NAE_ERA_R-2324_Eesti_Vabariigi_Pohiseaduslik_Assamblee, lk 74
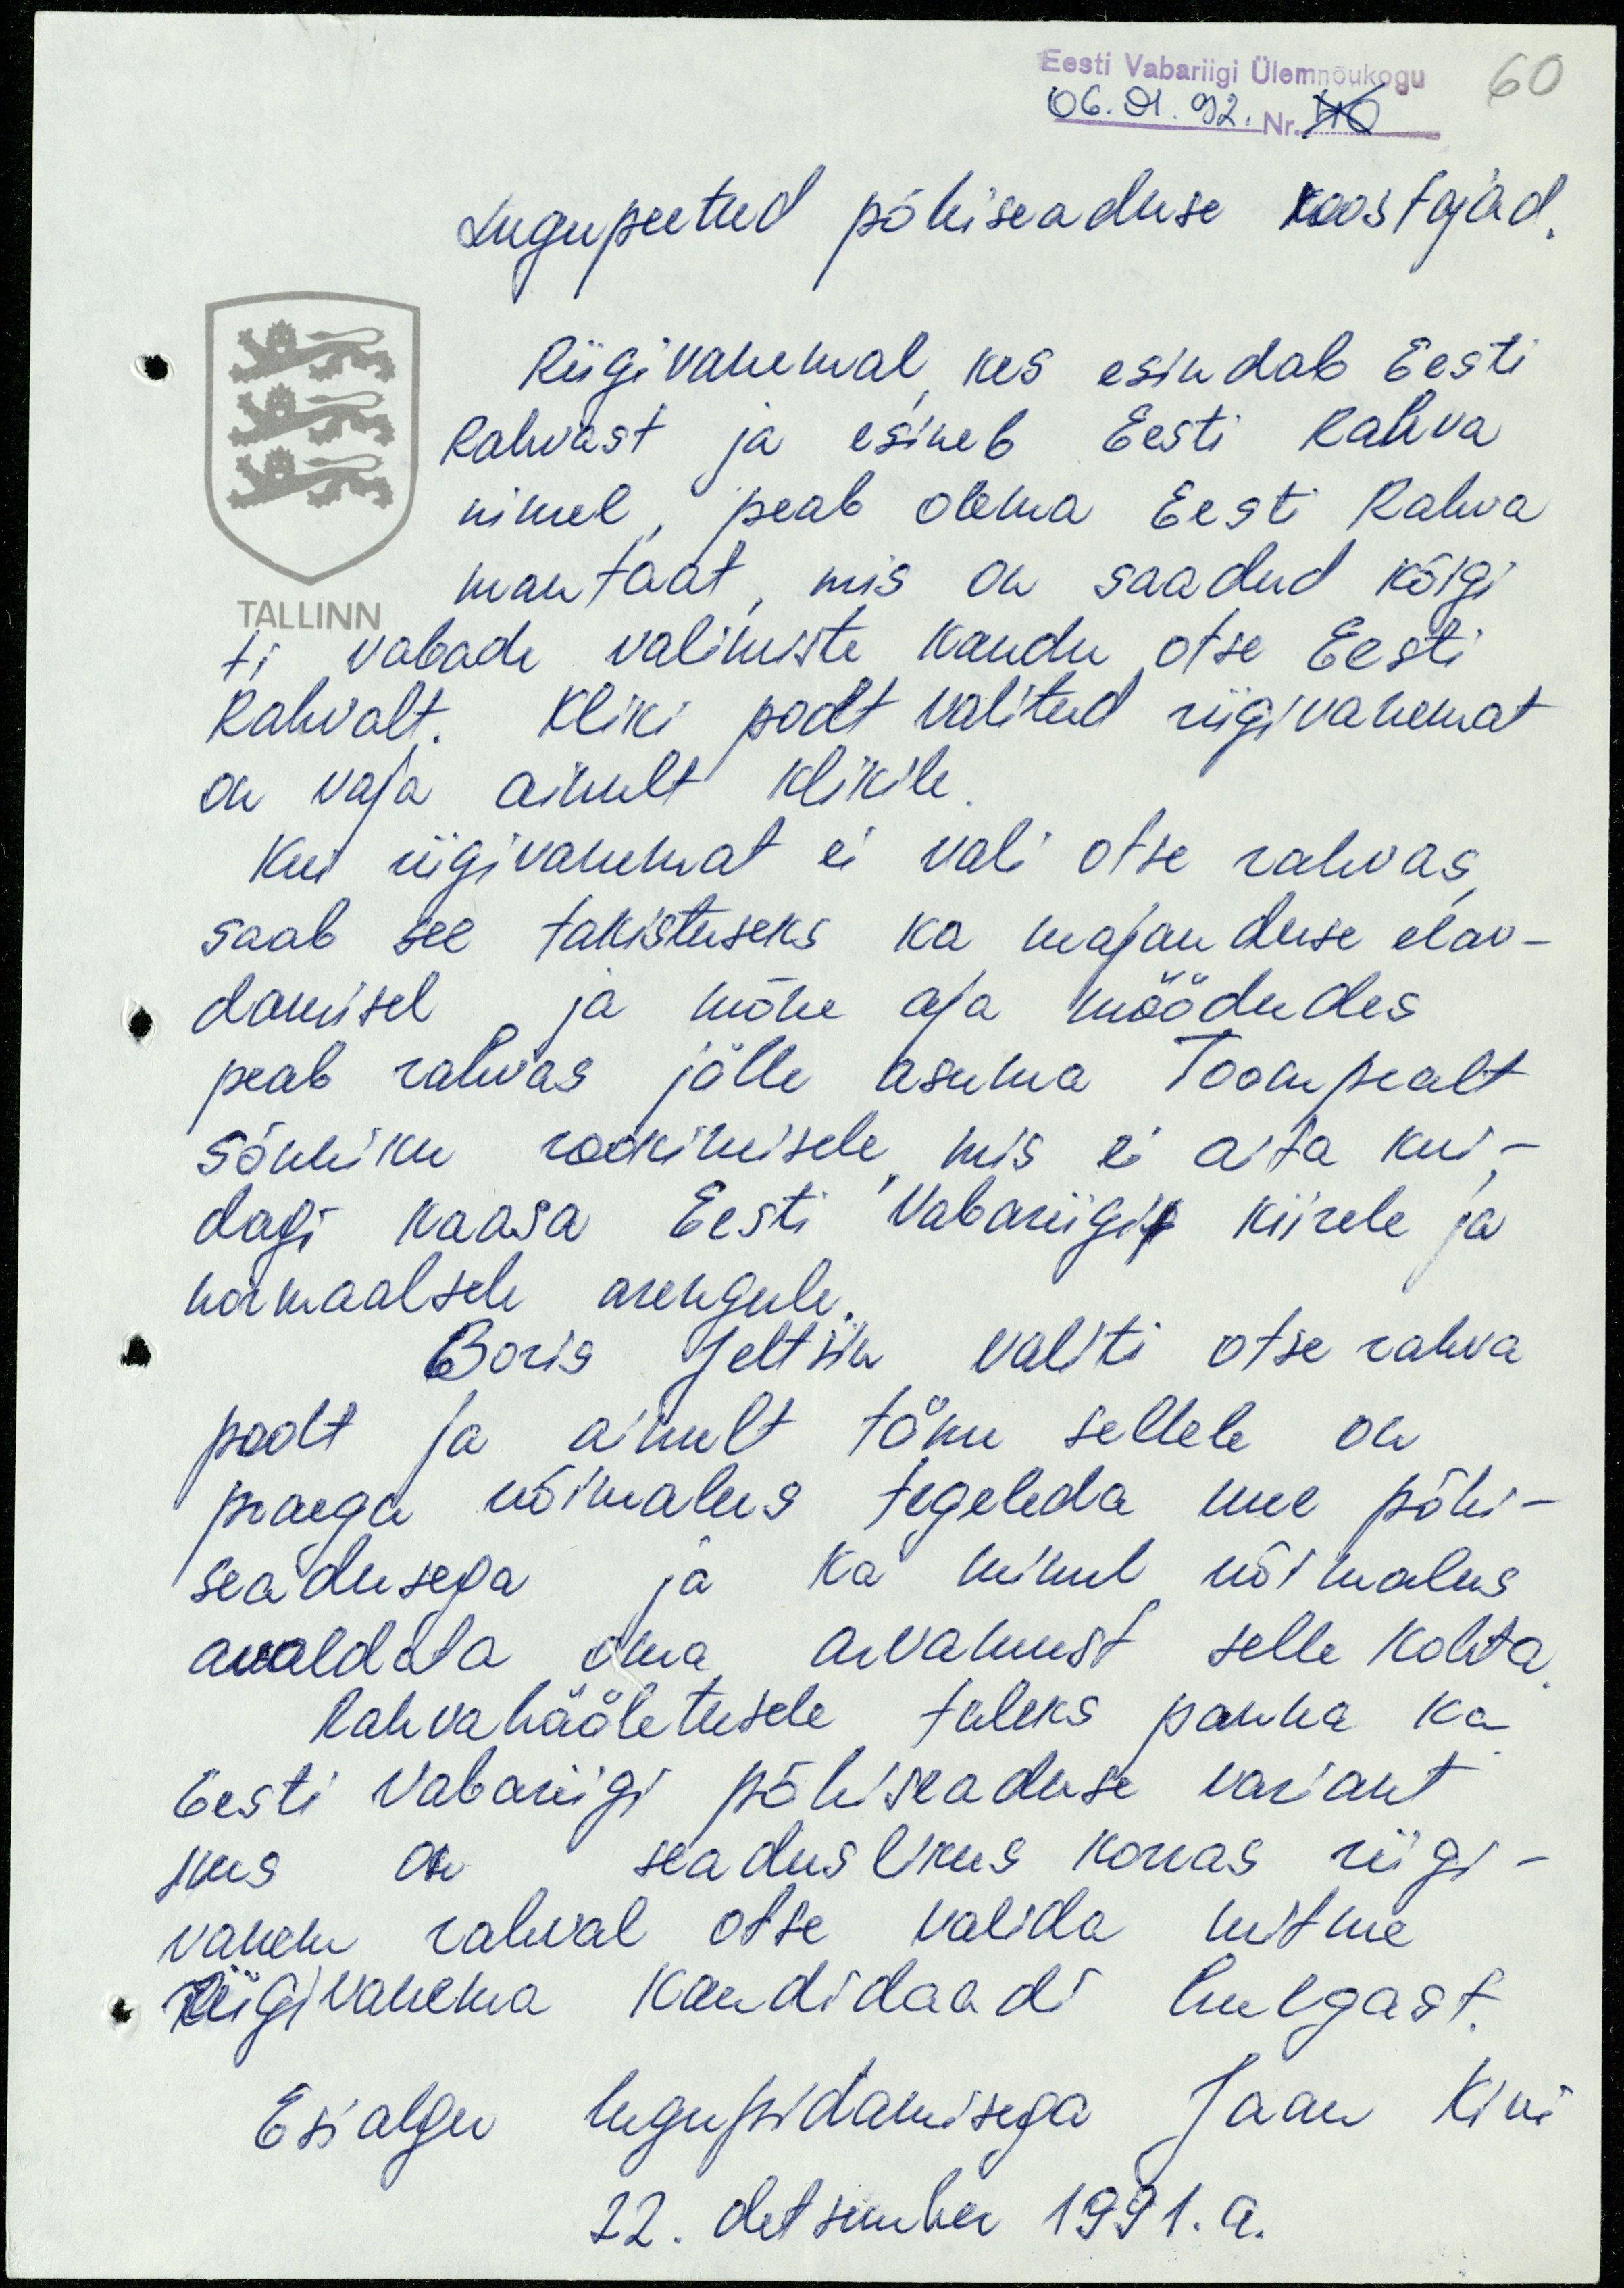
Eesti Vabariigi Ülemnõukogu
60
06. 01. 92. Nr. 40
Lugupeetud põhiseaduse koostajad.
Riigivanemal, kes esindab Eesti
Rahvast ja esineb Eesti Rahva
nimel, peab olema Eesti Rahva
mantaat, mis on saadud kõigi
TALLINN
ti vabade valimiste kaudu otse Eesti
Rahvalt. Kliki poolt valitud riigivanemat
on vaja ainult klikile.
Kui riigivanemat ei vali otse rahvas,
saab see takistuseks ka majanduse elav-
damisel ja mõne aja möödudes
peab rahvas jälle asuma Toompealt
sõnniku rookimisele, mis ei aita kui-
dagi kaasa Eesti Vabariigil kiirele ja
normaalsele arengule.
Boris Jeltsin valiti otse rahva
poolt ja ainult tänu sellele on
praegu võimalus tegeleda uue põhi-
seadusega ja ka minul võimalus
avaldada oma arvamust selle kohta.
Rahvahääletusele tuleks panna ka
Eesti Vabariigi põhiseaduse variant
kus on seaduslikus korras riigi-
vanem rahval otse valida mitme
Riigivanema kandidaadi hulgast.
Esialgu lugupidamisega Jaan Kivi
22. detsember 1991.a.